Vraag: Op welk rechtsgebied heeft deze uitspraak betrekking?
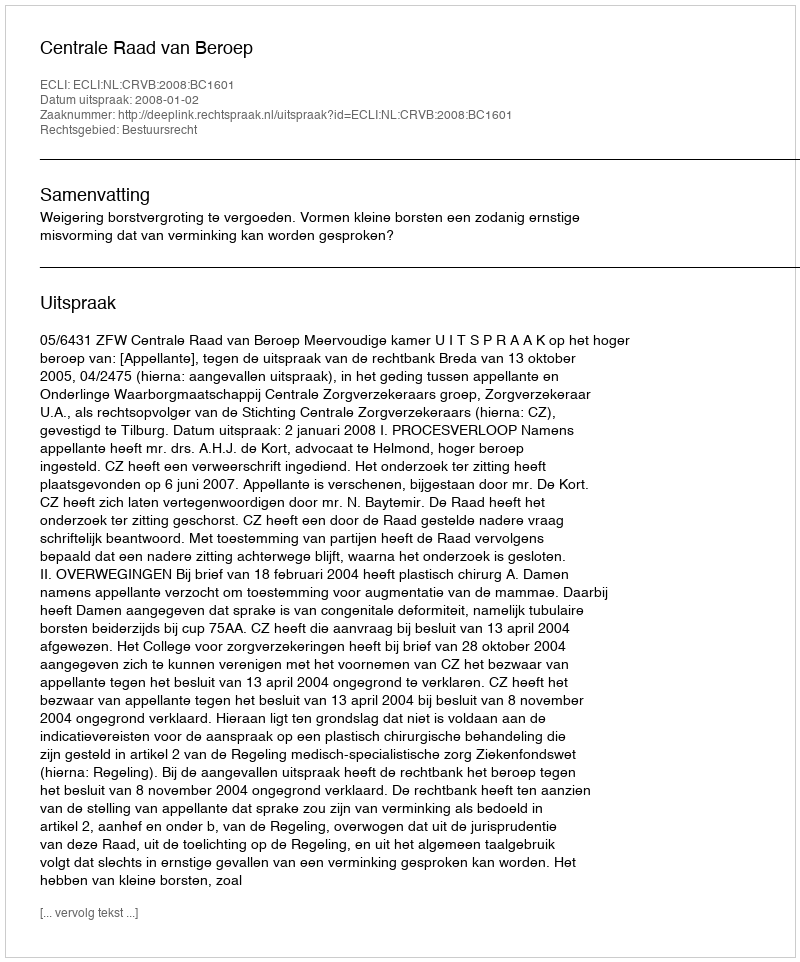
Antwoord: Bestuursrecht